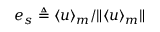
\boldsymbol { e } _ { s } \triangleq \langle \boldsymbol { u } \rangle _ { m } / \Vert \langle \boldsymbol { u } \rangle _ { m } \Vert